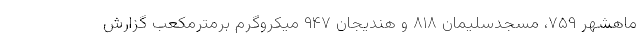
ماهشهر ۷۵۹، مسجدسلیمان ۸۱۸ و هندیجان ۹۴۷ میکروگرم برمترمکعب گزارش